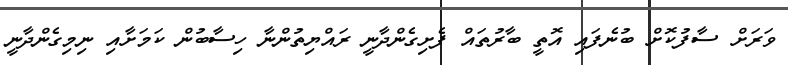
ވަރަށް ސާފުކޮށް ބުނެފައި އޮތީ ބާރުތައް ފެށިގެންދާނީ ރައްޔިތުންނާ ހިސާބުން ކަމަށާއި ނިމިގެންދާނީ